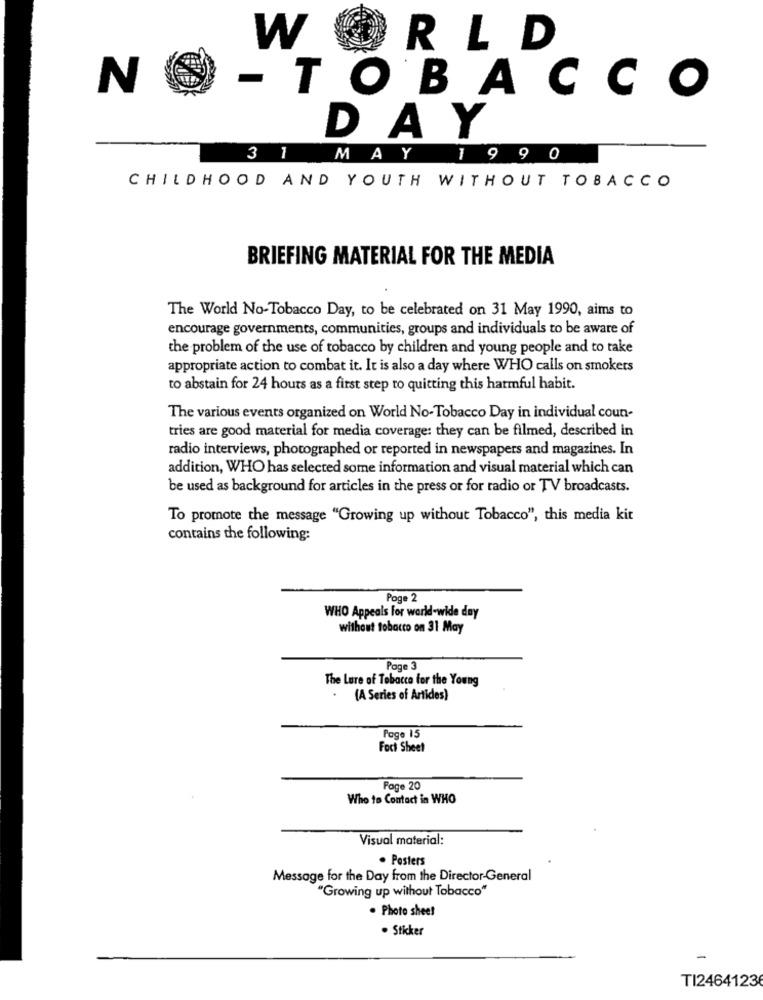
W
RLD
NO-TOBACCO
DAY
3 1
MAY
1990
CHILDHOOD AND YOUTH WITHOUT TOBACCO
BRIEFING MATERIAL FOR THE MEDIA
The World No-Tobacco Day, to be celebrated on 31 May 1990, aims to
encourage governments, communities, groups and individuals to be aware of
the problem of the use of tobacco by children and young people and to take
appropriate action to combat it. It is also a day where WHO calls on smokers
to abstain for 24 hours as a first step to quitting this harmful habit.
The various events organized on World No-Tobacco Day in individual coun-
tries are good material for media coverage: they can be filmed, described in
radio interviews, photographed or reported in newspapers and magazines. In
addition, WHO has selected some information and visual material which can
be used as background for articles in the press or for radio or TV broadcasts.
To promote the message "Growing up without Tobacco", this media kit
contains the following:
Poge 2
WHO Appeals for world-wide day
without tobacco on 31 May
Page 3
The Lure of Tobacco for the Young
(A Series of Artides)
Page 15
Fact Sheet
Foge 20
Who to Contact in WHO
Visual material:
Posters
Message for the Day from the Director-General
"Growing up without Tobacco"
. Photo sheet
· Stiker
TI2464123